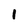
Character: 1